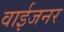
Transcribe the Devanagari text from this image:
वाईजनर